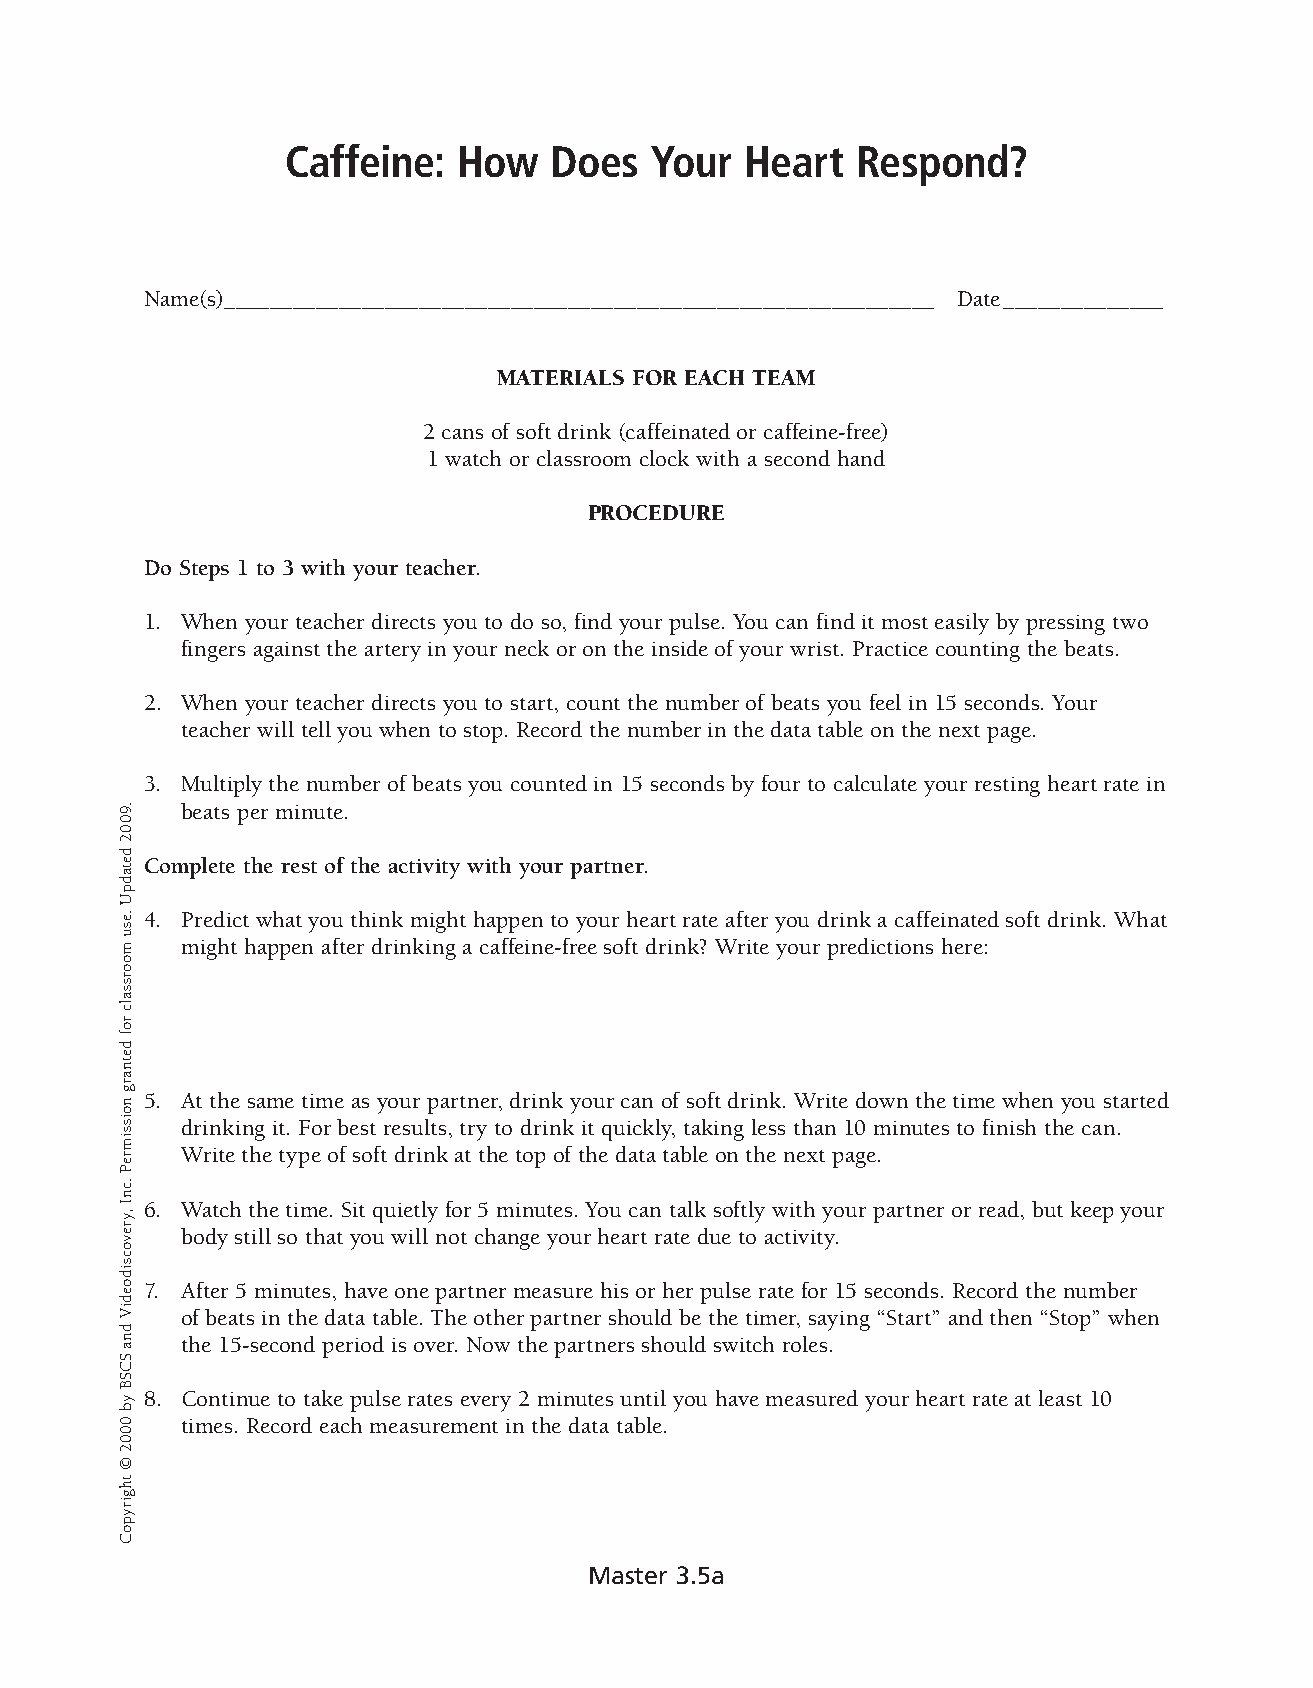
Caffeine:  How   Does   Your  Heart   Respond?    �
 Name(s) ______________________________________________________________ Date ______________
 MATERIALS FOR EACH TEAM
 2 cans of soft drink (caffeinated or caffeine-free)
 1 watch or classroom clock with a second hand
 PROCEDURE
 Do Steps 1 to 3 with your teacher.
 1. � When your teacher directs you to do so, find your pulse. You can find it most easily by press ing two
 fingers against the artery in your neck or on the inside of your wrist. Practice counti ng the beats.
 2. � When your teacher directs you to start, count the number of beats you feel in 15 seconds. Your
 teacher will tell you when to stop. Record the number in the data table on the next page.
 3. � Multiply the number of beats you counted in 15 seconds by four to calculate your resting heart rate in
 beats per minute.
 Complete the rest of the activity with your partner.
 4. � Predict what you think might happen to your heart rate after you drink a caffeinated soft drink. What
 might happen after drinking a caffeine-free soft drink? Write your predictions here:
 5. � At the same time as your partner, drink your can of soft drink. Write down the time when you started
 drinking it. For best results, try to drink it quickly, taking less than 10 minutes to finish the can.
 Write the type of soft drink at the top of the data table on the next page.
 6. � Watch the time. Sit quietly for 5 minutes. You can talk softly with your partner or read, but keep your
 body still so that you will not change your heart rate due to activity.
 7. � After 5 minutes, have one partner measure his or her pulse rate for 15 seconds. Record the number
 of beats in the data table. The other partner should be the timer, saying “Start” and then “Stop” when
 the 15-second period is over. Now the partners should switch roles.
 8. � Continue to take pulse rates every 2 minutes until you have measured your heart rate at least 10
 times. Record each measurement in the data table.
 Master 3.5a
 .9002
 detadpU
 .esu
 moorssalc
 rof
 detnarg
 noissimreP
 .cnI
 ,yrevocsidoediV
 dna
 SCSB
 yb
 0002
 ©
 thgirypoC